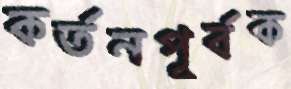
কর্তনপূর্বক